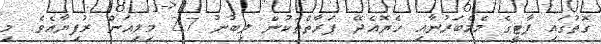
ގޮތުގައި ޕާޓީގެ މެމްބަރުނާއި ހެޔޮއެދޭ ފަރާތްތަކުން ލިބުނު 2.7 މިލިއަން ރުފިޔާއެވެ. މި